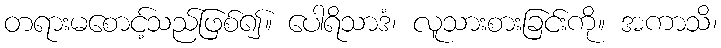
တရားမစောင့်သည်ဖြစ်၍။ ပေါရိသာဒံ၊ လူသားစားခြင်းကို။ အကာသိ၊